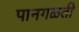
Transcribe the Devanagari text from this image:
पानगळती